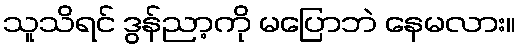
သူသိရင် ဒွန်ညာ့ကို မပြောဘဲ နေမလား။